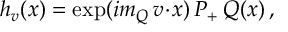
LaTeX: h _ { v } ( x ) = \exp ( { i m _ { Q } \, v \! \cdot \! x ) \, P _ { + } \, Q ( x ) \, , }